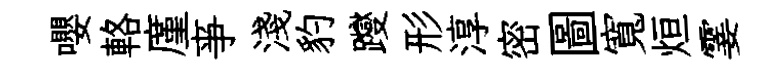
嚶輅廑亊淺豹躞形淳密圖寬烜霎